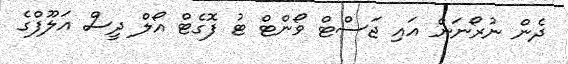
ދެން ނުރޯނަން އައި ޖަސްޓް ވޯންޓް ޓު ފޮގެޓް އޯލް ދީސް އަލޫފްގެ